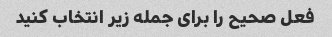
فعل صحیح را برای جمله زیر انتخاب کنید